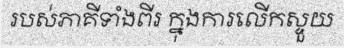
របស់ភាគីទាំងពីរ ក្នុងការលើកស្ទួយ